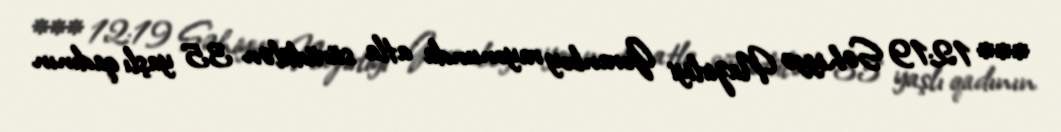
*** 12:19 Səhiyyə Nazirliyi Goranboy rayonunda atla sürüdülən 35 yaşlı qadının